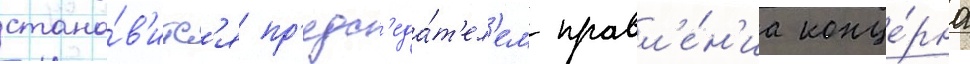
стано́в'итс'я пр'едс'еда́т'ел'ем правл'е́н'иа конце́рна